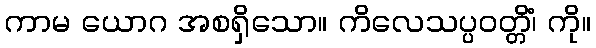
ကာမ ယောဂ အစရှိသော။ ကိလေသပ္ပဝတ္တိံ၊ ကို။